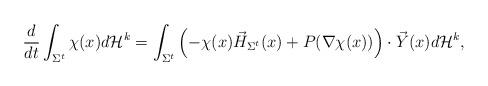
LaTeX: \begin{align*}\frac{d}{dt} \int_{\Sigma^t} \chi(x) d\mathcal{H}^k = \int_{\Sigma^t} \left(-\chi(x) \vec{H}_{\Sigma^t}(x) + P(\nabla \chi(x))\right) \cdot \vec{Y}(x) d\mathcal{H}^k, \end{align*}